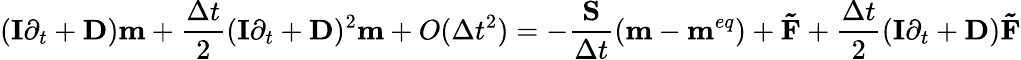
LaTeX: ({\mathbf{I}}{\partial_{t}}+{\mathbf{D}}){\mathbf{m}}+\frac{{\Delta t}}{2}{({\mathbf{I}}{\partial_{t}}+{\mathbf{D}})^{2}}{\mathbf{m}}+O(\Delta{t^{2}})=-\frac{{\mathbf{S}}}{{\Delta t}}({\mathbf{m}}-{{\mathbf{m}}^{eq}})+{\mathbf{\tilde{F}}}+\frac{{\Delta t}}{2}({\mathbf{I}}{\partial_{t}}+{\mathbf{D}}){\mathbf{\tilde{F}}}